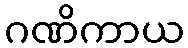
ဂဏိကာယ